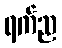
ရက်ည